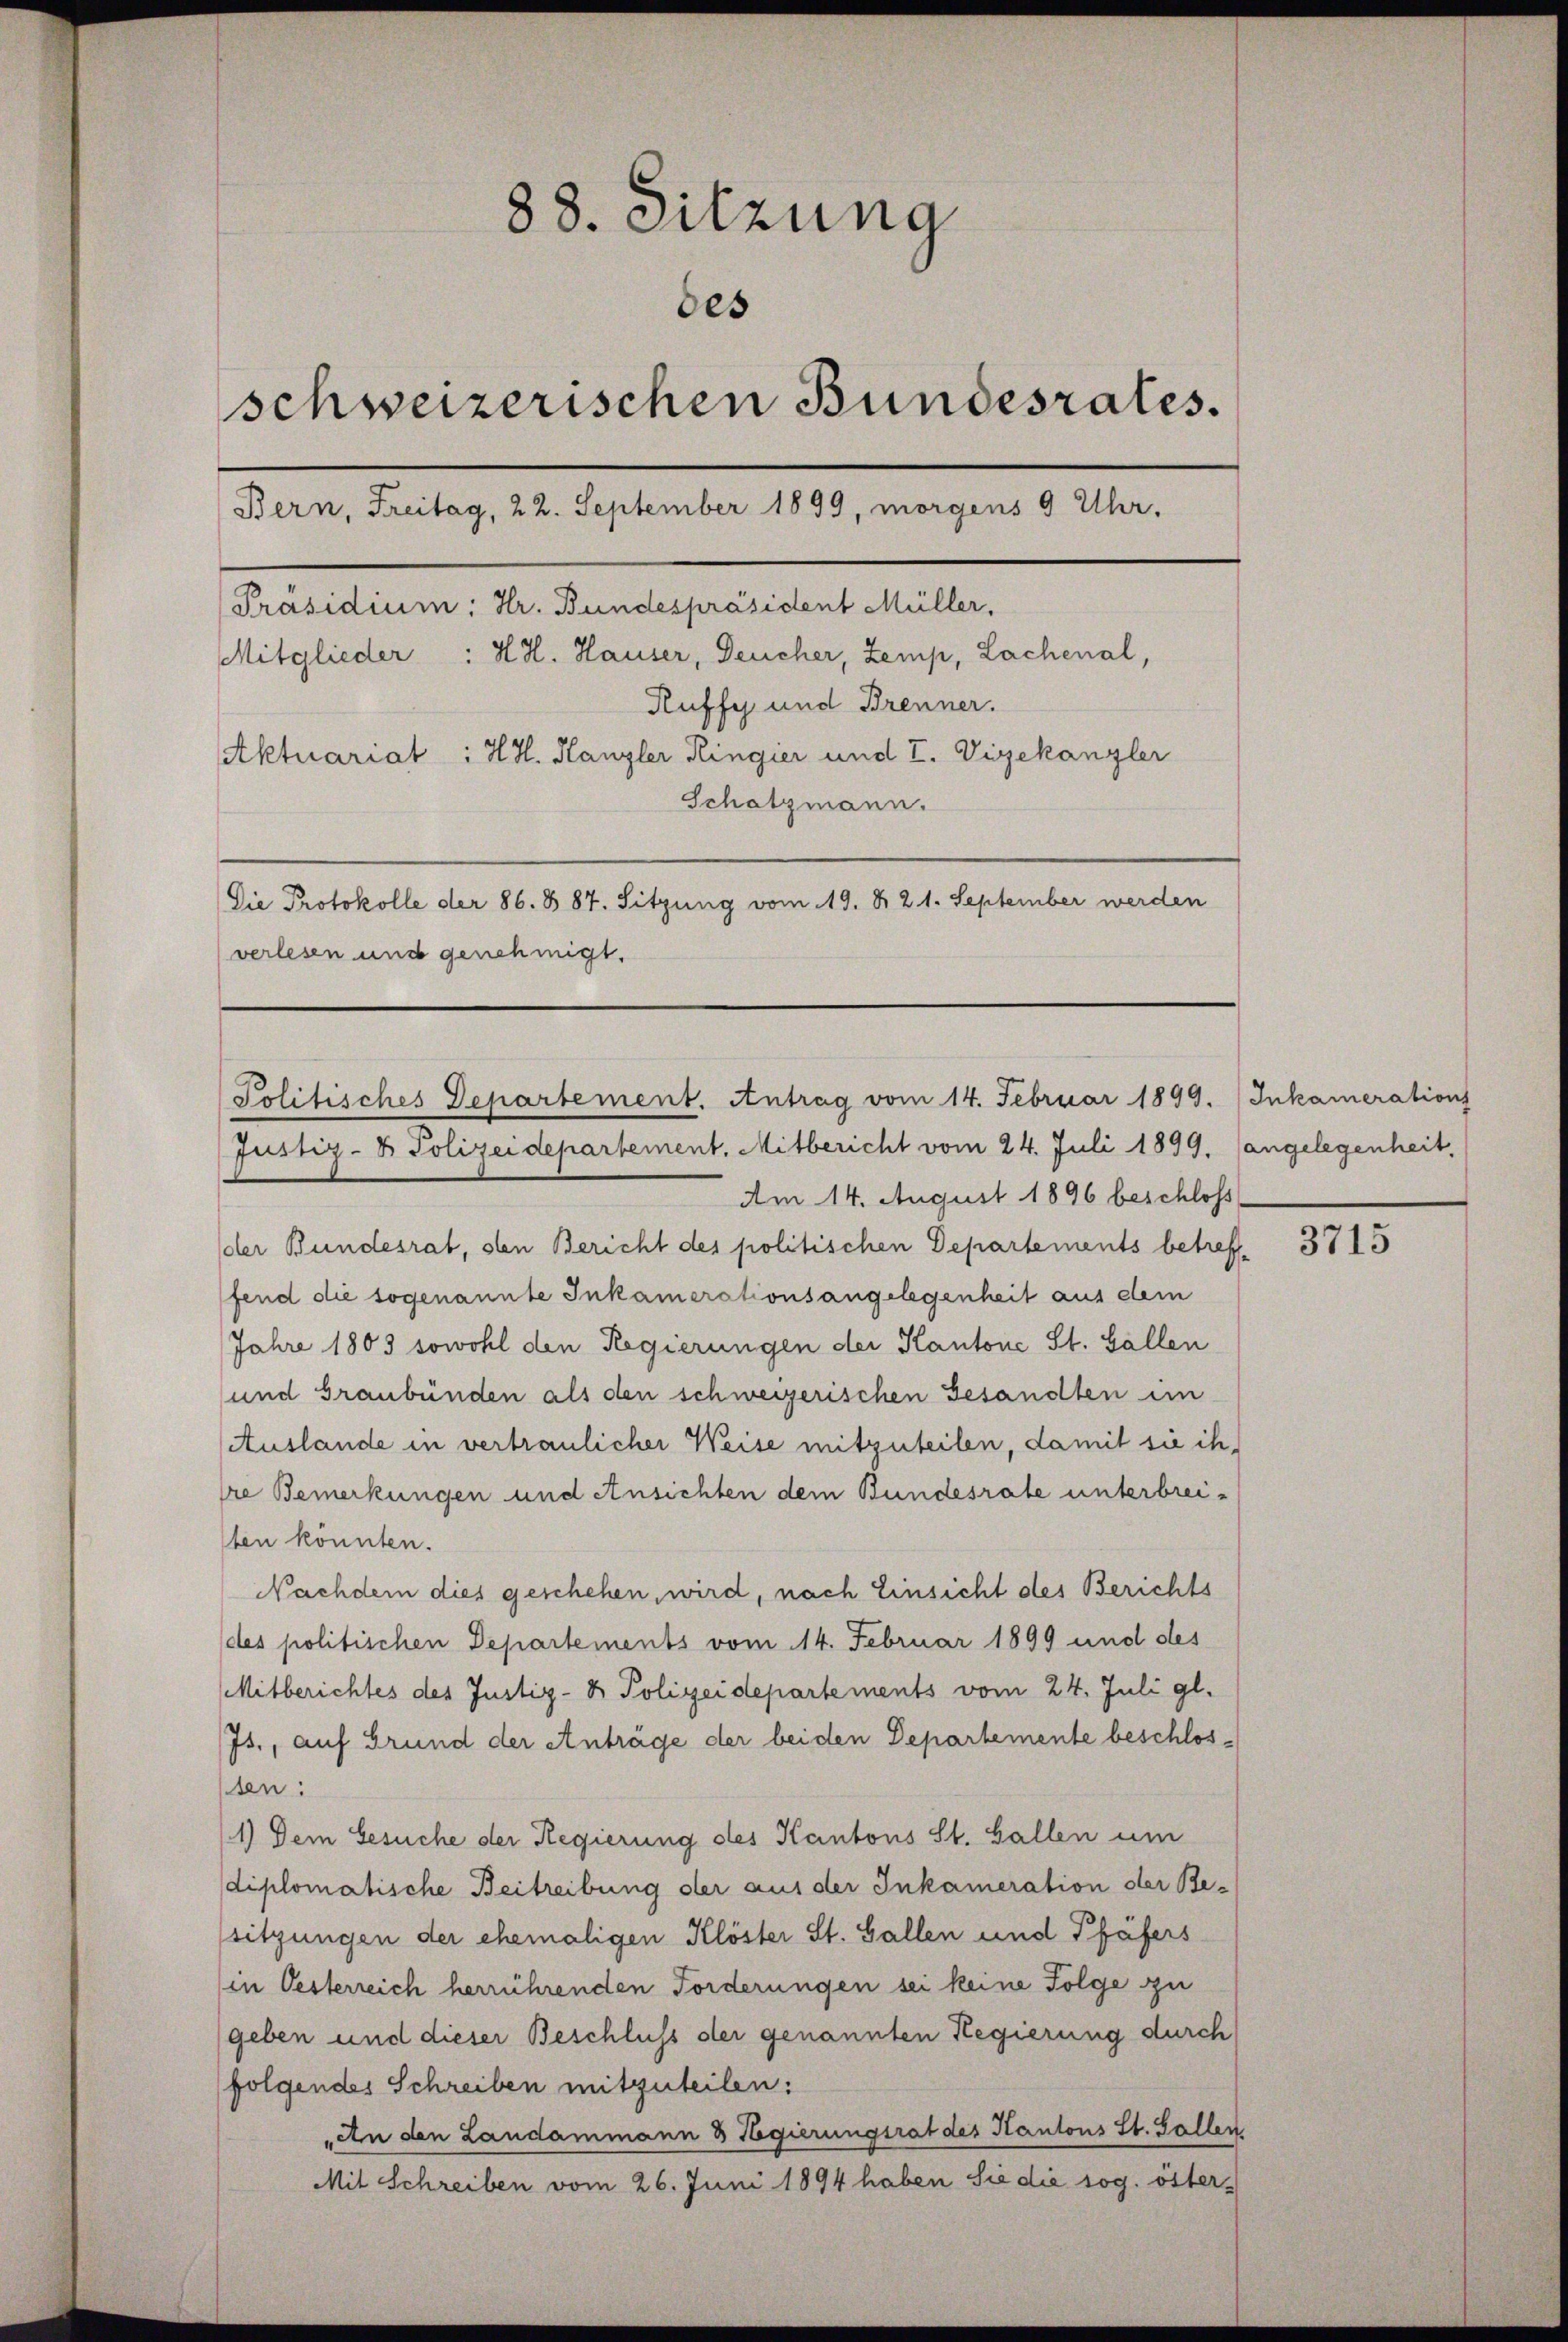
88. Sitzung
des
schweizerischen Bundesrates.
Bern, Freitag, 22. September 1899, morgens 9 Uhr,
[Präsidium: Hr. Bundespräsident Müller,
Mitglieder : H. H. Hauser, Deucher, Zemp, Lachenal,
Ruffy und Brenner.
Aktuariat : H. H. Kanzler Ringier und I. Vizekanzler
Schatzmann.
Die Protokolle der 86. 887. Sitzung vom 19. d. 21. September werden
verlesen und genehmigt.

Politisches Departement. Antrag vom 14. Februar 1899.  Inkamerations
Justiz- & Polizeidepartement. Mitbericht vom 24. Juli 1899. angelegenheit,

Am 14. August 1896 beschloss
der Bundesrab, oben Bericht des politischen Departements betrefffend die sogenannte Inkamerationsangelegenheit aus dem
Jahre 1803 sowohl den Regierungen der Kantone St. Gallen
und Graubünden als den schweizerischen Gesandten in
Auslande in vertraulicher Weise mitzuteilen, damit sie ih
sre Bemerkungen und Ansichten dem Bundesrate unterbreiben könnten.
Nachdem dies geschehen, wird, nach Einsicht des Berichts
des politischen Departements vom 14. Februar 1899 und des
Mitberichtes des Justiz- & Polizeidepartements vom 24. Juli gl.
Js., auf Grund der Anträge der beiden Departemente beschlosten:
1) Dem Gesuche der Regierung des Kantons St. Gallen um
diplomatische Beitreibung der aus der Inkameration der Be-
sitzungen der ehemaligen Klöster St. Gallen und Pfäfers
in Oesterreich herrührenden Forderungen sei keine Folge zu
geben und dieser Beschluss der genannten Regierung durch
folgendes Schreiben mitzuteilen:
An den Landammann & Regierungsrat des Kantons St. Gallen
Mit Schreiben vom 26. Juni 1894 haben Sie die sog. öster-

3715